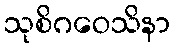
သုစိဂဝေသိနာ